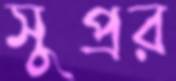
সুপ্রর